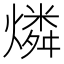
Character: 燐